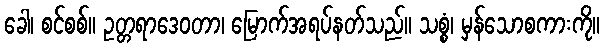
ခေါ၊ စင်စစ်။ ဥတ္တရာဒေဝတာ၊ မြောက်အရပ်နတ်သည်။ သစ္စံ၊ မှန်သောစကားကို။